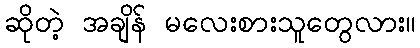
ဆိုတဲ့ အချိန် မလေးစားသူတွေလား။